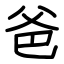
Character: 爸